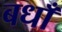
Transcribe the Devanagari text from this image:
बधाँ